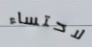
لاحتساء